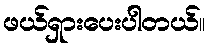
ဖယ်ရှားပေးပါတယ်။